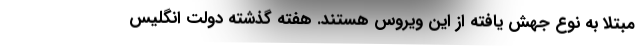
مبتلا به نوع جهش یافته از این ویروس هستند. هفته گذشته دولت انگلیس